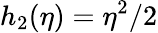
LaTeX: h_{2}(\eta)=\eta^{2}/2